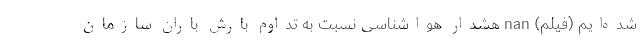
شده‌ایم (فیلم) nan هشدار هواشناسی نسبت به تداوم بارش باران سازمان